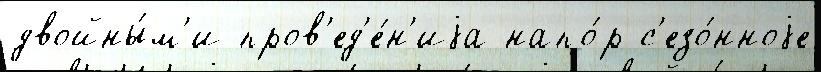
двойны́м'и пров'ед'е́н'иjа напо́р с'езо́нноjе